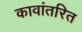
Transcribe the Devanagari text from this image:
कावांतरित